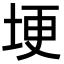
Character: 埂